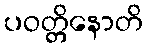
ပဝတ္တိနောတိ